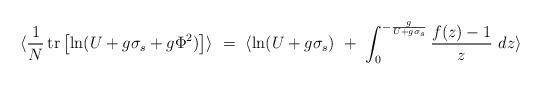
\begin{align*}\langle{1 \over N}\,\makebox{tr}\left[\ln (U + g \sigma_s + g \Phi^2)\right]\rangle\ =\ \langle\ln(U + g \sigma_s)\ +\ \int_0^{-{g \over U + g \sigma_s}} {f(z) - 1 \over z}\ dz\rangle\end{align*}